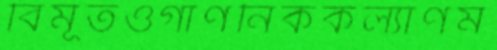
বিমূর্তওগাণনিককল্যাণম